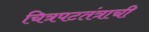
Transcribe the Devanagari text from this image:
चित्रपटतंत्राची